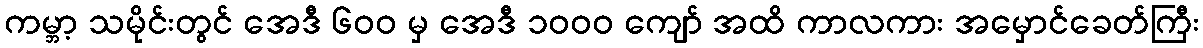
ကမ္ဘာ့ သမိုင်းတွင် အေဒီ ၆၀၀ မှ အေဒီ ၁၀၀၀ ကျော် အထိ ကာလကား အမှောင်ခေတ်ကြီး